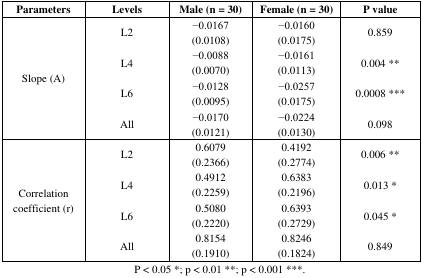
| Parameters | Levels | Male (n = 30) | Female (n = 30) | P value |
 | --- | --- | --- | --- | --- |
 | <ROWSPAN=4> Slope (A) | L2 | −0.0167 (0.0108) | −0.0160 (0.0175) | 0.859 |
 | L4 | −0.0088 (0.0070) | −0.0161 (0.0113) | 0.004 ** |
 | L6 | −0.0128 (0.0095) | −0.0257 (0.0175) | 0.0008 *** |
 | All | −0.0170 (0.0121) | −0.0224 (0.0130) | 0.098 |
 | <ROWSPAN=4> Correlation coefficient (r) | L2 | 0.6079 (0.2366) | 0.4192 (0.2774) | 0.006 ** |
 | L4 | 0.4912 (0.2259) | 0.6383 (0.2196) | 0.013 * |
 | L6 | 0.5080 (0.2220) | 0.6393 (0.2729) | 0.045 * |
 | All | 0.8154 (0.1910) | 0.8246 (0.1824) | 0.849 |